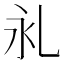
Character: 𰀺